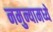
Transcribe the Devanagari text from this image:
नमुन्यामध्ये